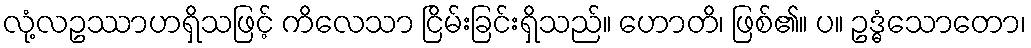
လုံ့လဥဿာဟရှိသဖြင့် ကိလေသာ ငြိမ်းခြင်းရှိသည်။ ဟောတိ၊ ဖြစ်၏။ ပ။ ဥဒ္ဓံသောတော၊